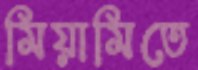
মিয়ামিতে